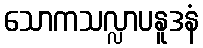
သောကသလ္လာပနူဒနံ